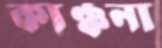
কাঞ্চনা